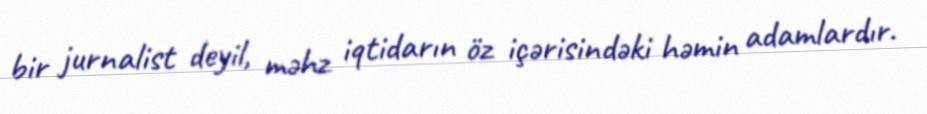
bir jurnalist deyil, məhz iqtidarın öz içərisindəki həmin adamlardır.